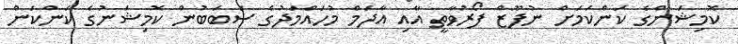
ކޮމިޝަންގެ ކަންކަމަށް ނުފޫޒް ފޯރުވާތީ އާއި އާދަމް މުހައްމަދުގެ ސަބަބުން ކޮމިޝަނުގެ ކަންކަން